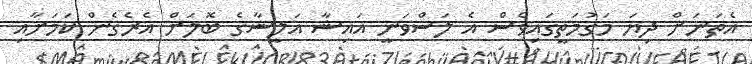
އެތަނަށް ދިޔަ މަގުމަތީގައިވެސް އެ ލަސްވަނީ އައިޝާ އަލީޝާގެ ބޮލަށް އެރެގެން ކަމަށާއި